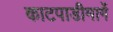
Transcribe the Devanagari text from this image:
काटपाडीमार्गे